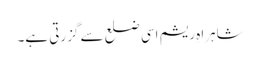
شاہراہِ ریشم اسی ضلع سے گزرتی ہے۔